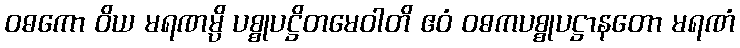
ဝဓကော ဝိယ မရဏမ္ပိ ပစ္စုပဋ္ဌိတမေဝါတိ ဧဝံ ဝဓကပစ္စုပဋ္ဌာနတော မရဏံ